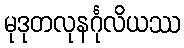
မုဒုတလုနင်္ဂုလိယဿ